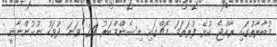
މުބާރާތުގައި ރާއްޖެ ކުޅޭ ފުރަތަމަ މެޗްގައި ޑިސެންމްބަރު 24 ވަނަ ދުވަހު ނުކުންނާނީ